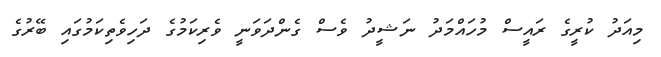
މިއަދު ކުރީގެ ރައީސް މުހައްމަދު ނަޝީދު ވެސް ގެންދަވަނީ ވެރިކަމުގެ ދަހިވެތިކަމުގައި ބޭރުގެ